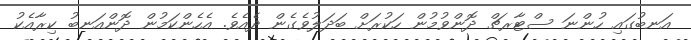
އަނބުގައި ހުންނަ ސްޓާރޗް ދޮންވުމުން ހަކުރަށް ބަދަލުވެގެން ދެއެވެ. އެހެންކަމުން ދޮންއަނބު ކިރާއެކު